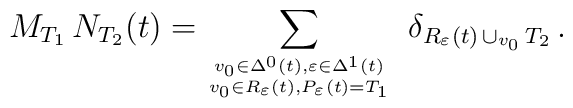
M_{T_1} \, N_{T_2} (t) = \sum_{{v_0 \in \Delta^0 (t) , \varepsilon\in \Delta^1 (t) \atop v_0 \in R_{\varepsilon} (t) ,P_{\varepsilon} (t) = T_1}} \ \delta_{R_{\varepsilon} (t) \,\cup_{v_0} \, T_2} \, .